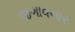
જગાવનાર